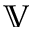
\mathbb { V }